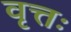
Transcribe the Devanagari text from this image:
वृत्तः